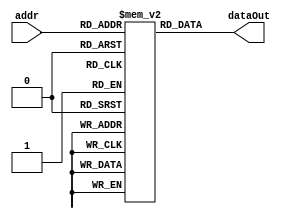
////////////////////////////////////////////////////////////////////////////
// Description     : Instruction Memory of Troy Wide Word Processor
// Last Modified By: .
// Last Modified On: .
// Update Count    : 0
///////////////////////////////////////////////////////////////////////////
`timescale 1ns/10ps

module imem (/*autoarg*/
   // Outputs
   dataOut,
   // Inputs
   addr
   );
   input  [0:7] addr;
   output [0:31] dataOut;
   reg    [0:31] mem[0:255];

   assign 		 dataOut = mem[addr];


endmodule